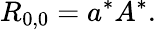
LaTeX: R_{0,0}=a^{*}A^{*}.